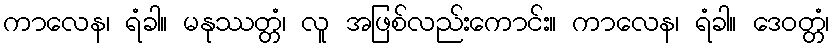
ကာလေန၊ ရံခါ။ မနုဿတ္တံ၊ လူ အဖြစ်လည်းကောင်း။ ကာလေန၊ ရံခါ။ ဒေဝတ္တံ၊